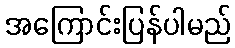
အကြောင်းပြန်ပါမည်